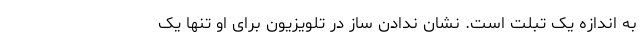
به اندازه یک تبلت است. نشان ندادن ساز در تلویزیون برای او تنها یک